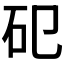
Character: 𥐗